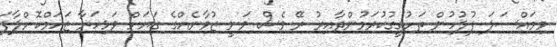
މިމައްސަލަ ފުލުހުން ތަހުގީގުކުރަމުންދާއިރު ރޭ ވެސް ވަނީ ޒުވާނެއްގެ ގަޔަށް ވަޅިހަރާ ޒަހަމްކޮށްލާފަ